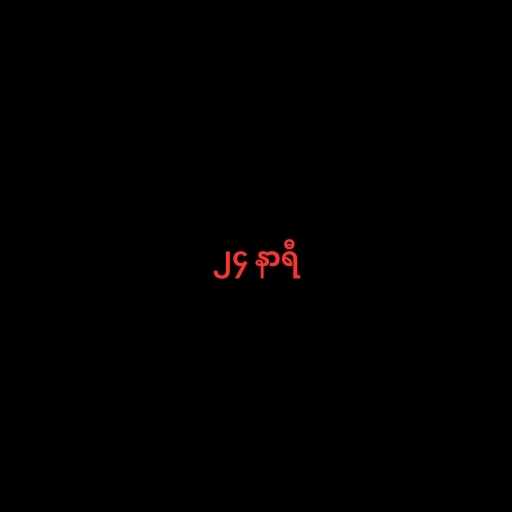
၂၄ နာရီ